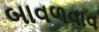
બાવળવાવ